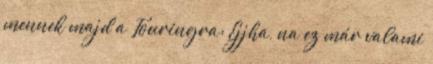
mennek majd a Touringra: Ejjha, na ez már valami